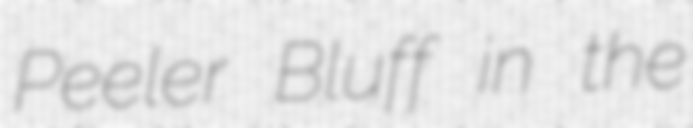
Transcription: Peeler Bluff in the